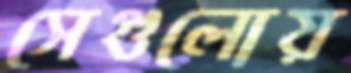
সেগুলোয়